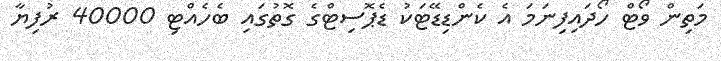
މަތިން ވޯޓް ހޯދައިފިނަމަ އެ ކެންޑިޑޭޓަކު ޑެޕޮސިޓްގެ ގޮތުގައި ބެހެއްޓި 40000 ރުފިޔާ